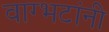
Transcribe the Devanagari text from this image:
वाग्भटांनी